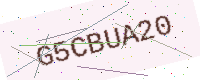
Text: G5CBUA20